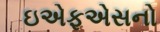
ઇએફએસનો